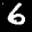
Label: 6